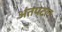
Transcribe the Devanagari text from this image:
अंतपटल